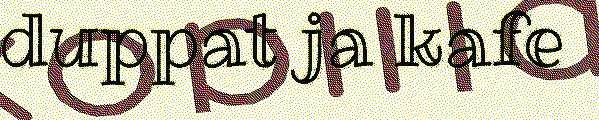
duppat ja kafe